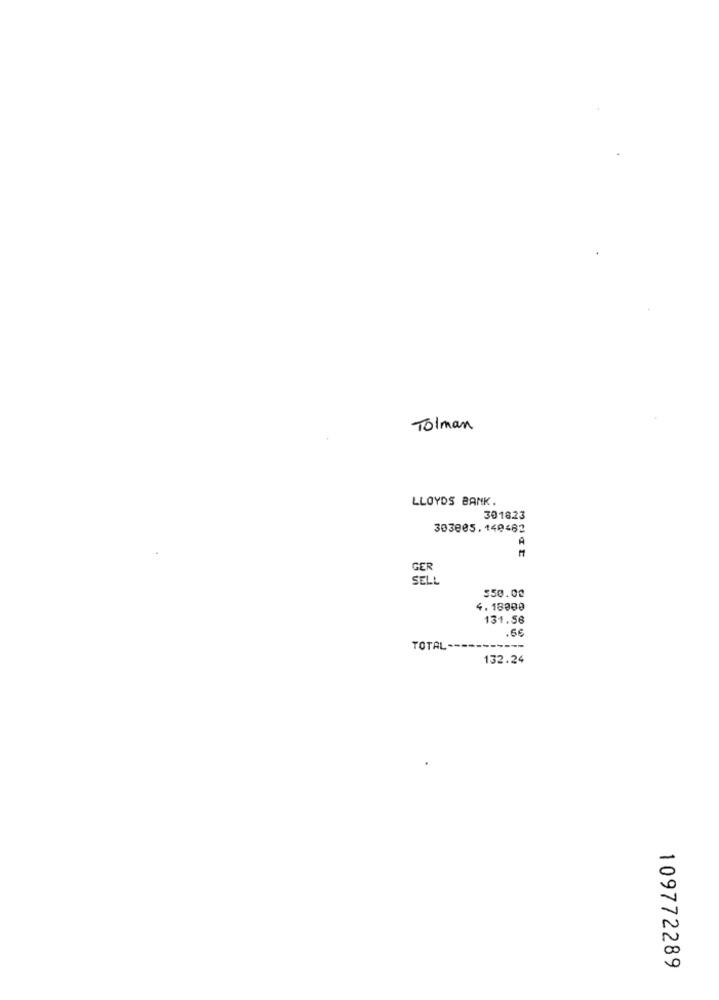
Tolman
LLOYDS BANK.
301823
303805,140462
A
GER
SELL
$50.00
4.18000
131.56
.6€
TOTAL
132.24
109772289